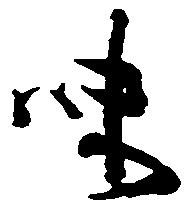
味